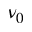
\nu _ { 0 }